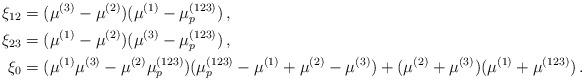
LaTeX: \begin{align*}\xi_{12} &= (\mu^{(3)}-\mu^{(2)})(\mu^{(1)}-\mu_p^{(123)}) \,, \\\xi_{23} &= (\mu^{(1)}-\mu^{(2)})(\mu^{(3)}-\mu_p^{(123)}) \,, \\ \xi_0 &= (\mu^{(1)}\mu^{(3)}-\mu^{(2)}\mu_p^{(123)})(\mu_p^{(123)}-\mu^{(1)}+\mu^{(2)}-\mu^{(3)}) + (\mu^{(2)}+\mu^{(3)})(\mu^{(1)}+\mu^{(123)}) \,.\end{align*}